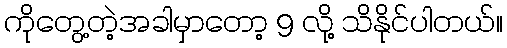
ကိုတွေ့တဲ့အခါမှာတော့ 9 လို့ သိနိုင်ပါတယ်။